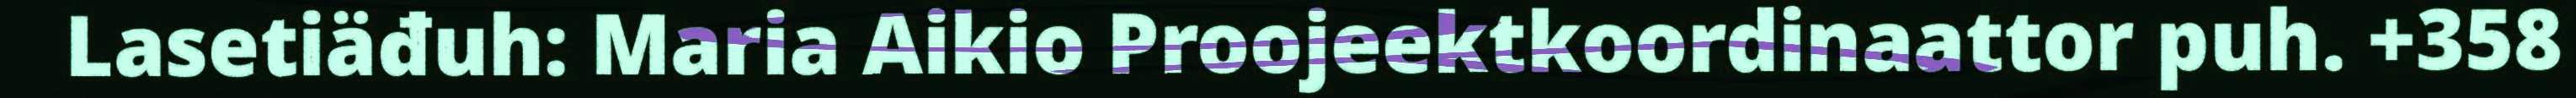
Lasetiäđuh: Maria Aikio Proojeektkoordinaattor puh. +358